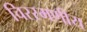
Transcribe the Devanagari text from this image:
चिरस्मणीय